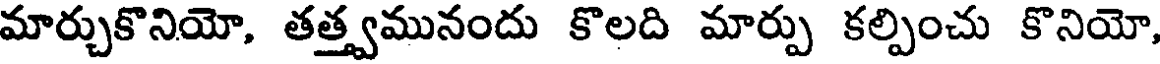
మార్చుకొనియో, తత్త్వమునందు కొలది మార్పు కల్పించు కొనియో,